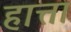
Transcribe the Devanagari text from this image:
हात्ता